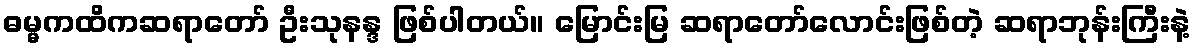
ဓမ္မကထိကဆရာတော် ဦးသုနန္ဒ ဖြစ်ပါတယ်။ မြောင်းမြ ဆရာတော်လောင်းဖြစ်တဲ့ ဆရာဘုန်းကြီးနဲ့